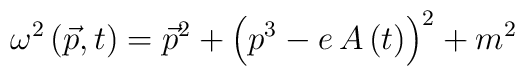
\omega ^2\left( \vec p,t\right) =\vec p^2+\left(p^3-e\,A\left( t\right) \right) ^2+m^2